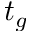
t _ { g }